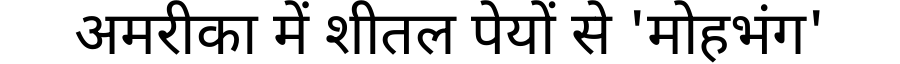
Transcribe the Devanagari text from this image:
अमरीका में शीतल पेयों से 'मोहभंग'